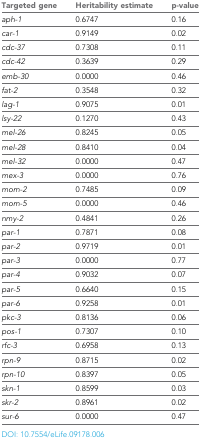
| Targeted gene | Heritability estimate | p-value |
 | --- | --- | --- |
 | aph-1 | 0.6747 | 0.16 |
 | car-1 | 0.9149 | 0.02 |
 | cdc-37 | 0.7308 | 0.11 |
 | cdc-42 | 0.3639 | 0.29 |
 | emb-30 | 0.0000 | 0.46 |
 | fat-2 | 0.3548 | 0.32 |
 | lag-1 | 0.9075 | 0.01 |
 | lsy-22 | 0.1270 | 0.43 |
 | mel-26 | 0.8245 | 0.05 |
 | mel-28 | 0.8410 | 0.04 |
 | mel-32 | 0.0000 | 0.47 |
 | mex-3 | 0.0000 | 0.76 |
 | mom-2 | 0.7485 | 0.09 |
 | mom-5 | 0.0000 | 0.46 |
 | nmy-2 | 0.4841 | 0.26 |
 | par-1 | 0.7871 | 0.08 |
 | par-2 | 0.9719 | 0.01 |
 | par-3 | 0.0000 | 0.77 |
 | par-4 | 0.9032 | 0.07 |
 | par-5 | 0.6640 | 0.15 |
 | par-6 | 0.9258 | 0.01 |
 | pkc-3 | 0.8136 | 0.06 |
 | pos-1 | 0.7307 | 0.10 |
 | rfc-3 | 0.6958 | 0.13 |
 | rpn-9 | 0.8715 | 0.02 |
 | rpn-10 | 0.8397 | 0.05 |
 | skn-1 | 0.8599 | 0.03 |
 | skr-2 | 0.8961 | 0.02 |
 | sur-6 | 0.0000 | 0.47 |